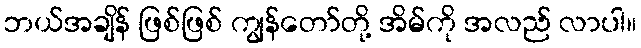
ဘယ်အချိန် ဖြစ်ဖြစ် ကျွန်တော်တို့ အိမ်ကို အလည် လာပါ။